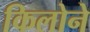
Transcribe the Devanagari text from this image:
किलोने